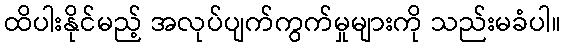
ထိပါးနိုင်မည့် အလုပ်ပျက်ကွက်မှုများကို သည်းမခံပါ။